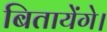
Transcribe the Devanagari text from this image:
बितायेंगे।